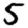
Digit: 5